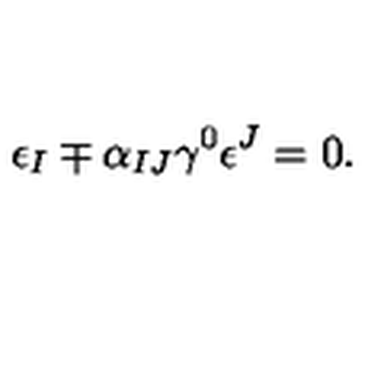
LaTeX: \epsilon _ { I } \mp \alpha _ { I J } \gamma ^ { 0 } \epsilon ^ { J } = 0 .